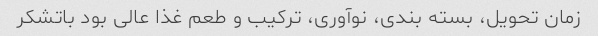
زمان تحویل، بسته بندی، نوآوری، ترکیب و طعم غذا عالی بود باتشکر